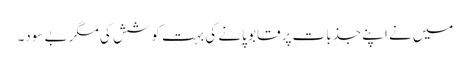
میں نے اپنے جذبات پر قابو پانے کی بہت کوشش کی مگر بے سود۔